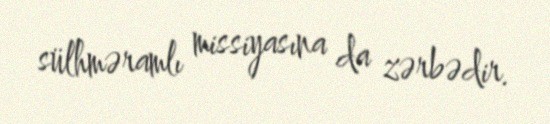
sülhməramlı missiyasına da zərbədir.